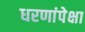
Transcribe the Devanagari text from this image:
धरणांपेक्षा